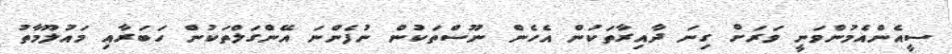
ސީއެންއެމުންވަނީ ވަރަށް ގިނަ ދާއިރާތަކުން އެހެން ނޫސްތަކުން ނުފެންނަ އޭންގަލްތަކުން ހަބަރާއި މައުލޫމާތު